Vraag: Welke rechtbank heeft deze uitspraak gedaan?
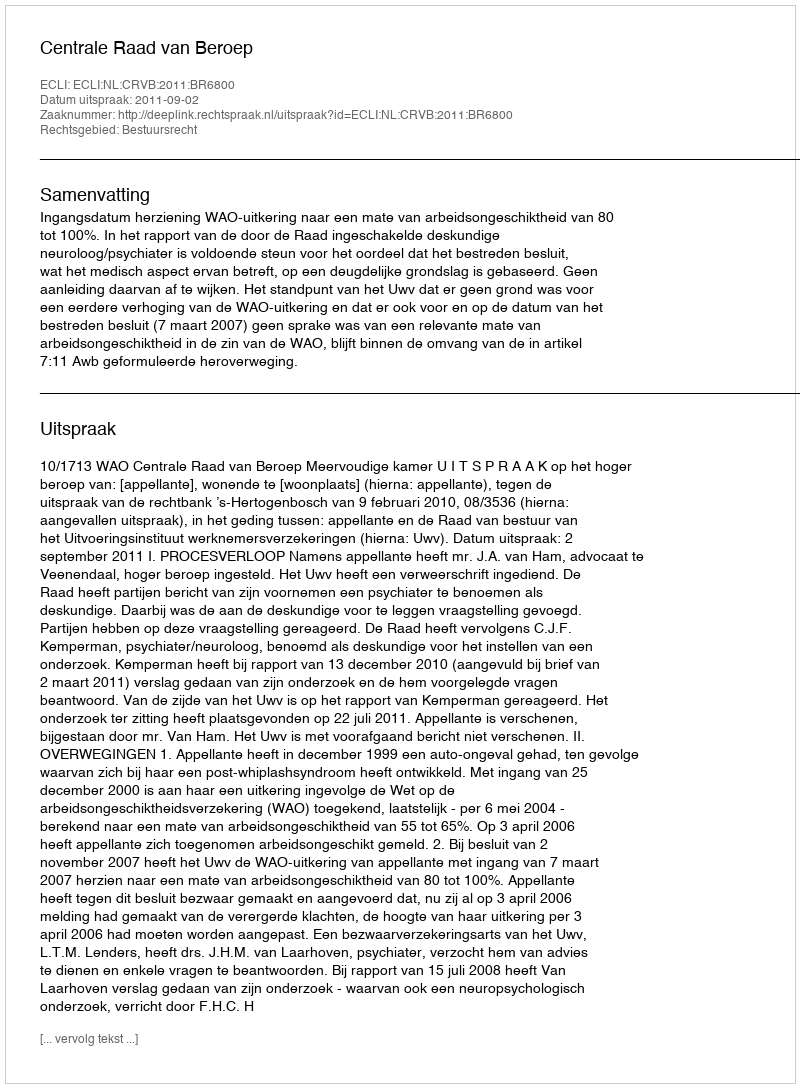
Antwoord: Centrale Raad van Beroep